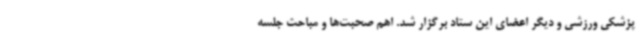
پزشکی ورزشی و دیگر اعضای این ستاد برگزار شد. اهم صحبت‌ها و مباحث جلسه